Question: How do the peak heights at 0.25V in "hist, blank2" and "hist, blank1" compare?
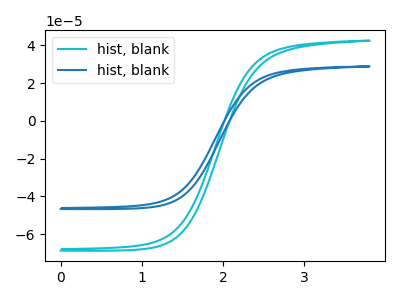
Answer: <think>The cyan curve "hist, blank1" has no peaks. The blue curve "hist, blank2" has no peaks.</think>
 <answer>"hist, blank2" and "hist, blank1" dont share a peak at 0.25V.</answer>
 <eval>mismatch</eval>